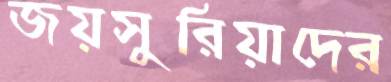
জয়সুরিয়াদের